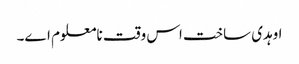
اوہدی ساخت اس وقت نامعلوم ا‏‏ے۔